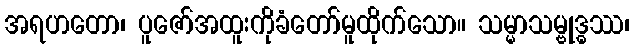
အရဟတော၊ ပူဇော်အထူးကိုခံတော်မူထိုက်သော။ သမ္မာသမ္ဗုဒ္ဓဿ၊